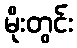
မိုးတွင်း